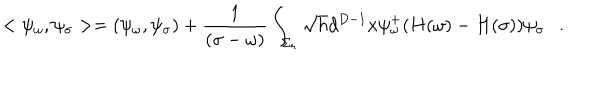
< \psi _ { \omega } , \psi _ { \sigma } > = ( \psi _ { \omega } , \psi _ { \sigma } ) + { \frac { 1 } { ( \sigma - \omega ) } } \int _ { \Sigma _ { r } } \sqrt { h } d ^ { D - 1 } x \psi _ { \omega } ^ { + } ( H ( \omega ) - H ( \sigma ) ) \psi _ { \sigma } .